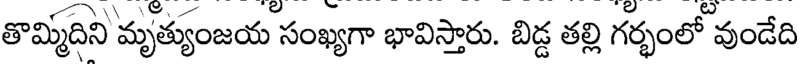
తొమ్మిదిని మృత్యుంజయ సంఖ్యగా భావిస్తారు. బిడ్డ తల్లి గర్భంలో వుండేది